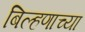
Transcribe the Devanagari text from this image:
बिल्हणाच्या